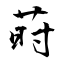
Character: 莳